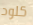
كلود